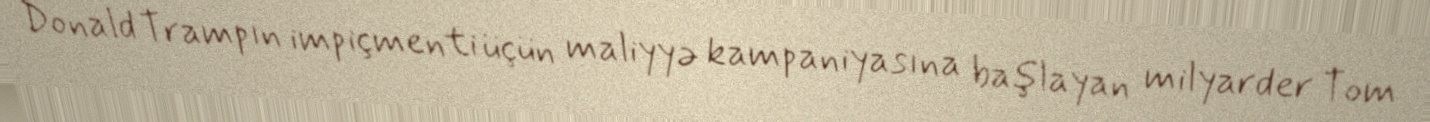
Donald Trampın impiçmenti üçün maliyyə kampaniyasına başlayan milyarder Tom